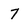
Character: 7